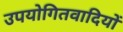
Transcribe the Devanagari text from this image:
उपयोगितवादियों